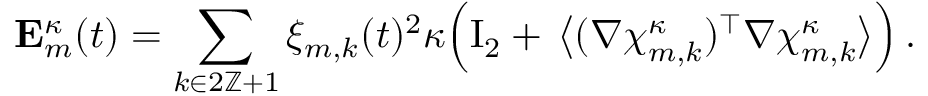
\mathbf { E } _ { m } ^ { \kappa } ( t ) = \sum _ { k \in 2 \ensuremath { \mathbb { Z } } + 1 } \xi _ { m , k } ( t ) ^ { 2 } \kappa \Bigl ( \ensuremath { \mathrm { I } _ { 2 } } + \, \bigl \langle ( \nabla { \boldsymbol { \chi } } _ { m , k } ^ { \kappa } ) ^ { \intercal } \nabla { \boldsymbol { \chi } } _ { m , k } ^ { \kappa } \bigr \rangle \Bigr ) \, .